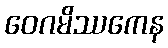
ဝေဂမိဿကေန